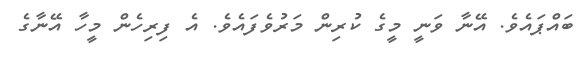
ބައްޕައެވެ. އޭނާ ވަނީ މީގެ ކުރިން މަރުވެފައެވެ. އެ ފިރިހެން މީހާ އޭނާގެ